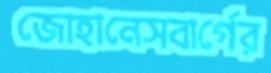
জোহানেসবার্গের